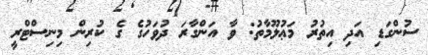
ސުންގަޑި އަދި އިތުރު މަޢުލޫމާތު: ވާ އަންގާރަ ދުވަހުގެ ގެ ކުރިން މިނިސްޓްރީ